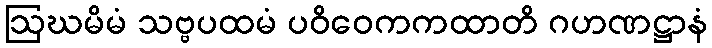
ဩဃမိမံ သဗ္ဗပထမံ ပဝိဝေကကထာတိ ဂဟဏဋ္ဌာနံ